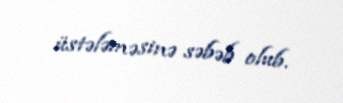
üstələməsinə səbəb olub.